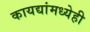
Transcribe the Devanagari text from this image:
कायद्यांमध्येही